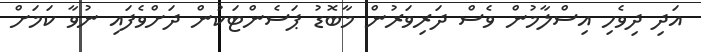
އަދި ދިވެހި އިސްލާމުން ވެސް ދަރިވަރުން މާބޮޑު ޕަސެންޓަކުން ދަށްވެފައި ނުވާ ކަމަށް